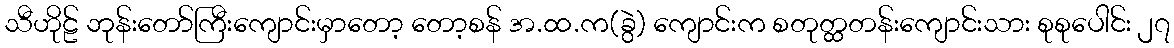
သီဟိုဠ် ဘုန်းတော်ကြီးကျောင်းမှာတော့ တော့စန် အ.ထ.က(ခွဲ) ကျောင်းက စတုတ္ထတန်းကျောင်းသား စုစုပေါင်း ၂၇